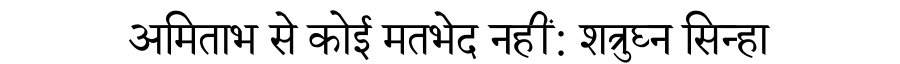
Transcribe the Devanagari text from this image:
अमिताभ से कोई मतभेद नहीं: शत्रुघ्न सिन्हा